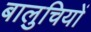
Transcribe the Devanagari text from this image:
बालुचियों